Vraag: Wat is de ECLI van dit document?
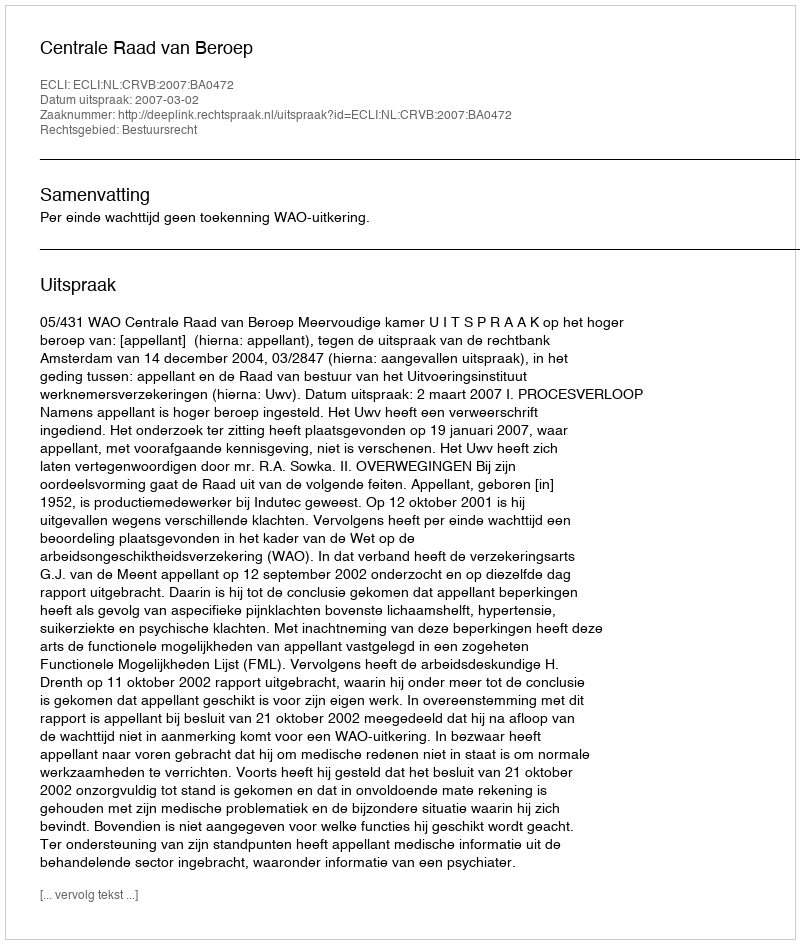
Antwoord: ECLI:NL:CRVB:2007:BA0472